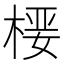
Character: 𰗻